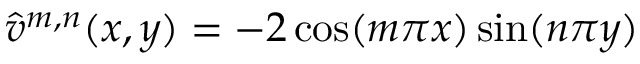
\hat { v } ^ { m , n } ( x , y ) = - 2 \cos ( m \pi x ) \sin ( n \pi y )